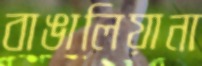
বাঙালিয়ানা